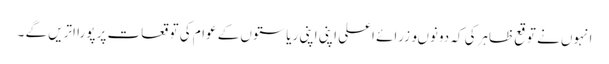
انہوں نے توقع ظاہرکی کہ دونوںوزرائے اعلی اپنی اپنی ریاستوں کے عوام کی توقعات پر پورا اتریں گے ۔